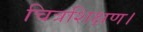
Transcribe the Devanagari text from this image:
चित्रशिक्षण।